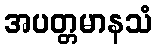
အပတ္တမာနသံ